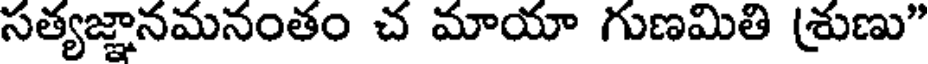
సత్యజ్ఞానమనంతం చ మాయా గుణమితి (శుణు"